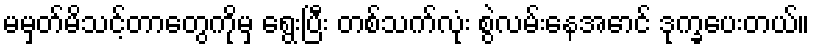
မမှတ်မိသင့်တာတွေကိုမှ ရွေးပြီး တစ်သက်လုံး စွဲလမ်းနေအောင် ဒုက္ခပေးတယ်။